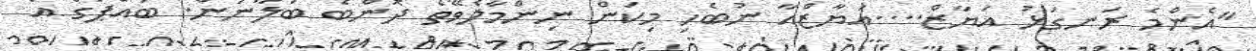
"އެންމެ ރަނގަޅު އަޔާޒް....އަޔާޒްއާ ނުބެހި މިކަން ނިންމާލެވޭތޯ ދޮންބެ ބަލާނަން. ބައްޕަގެ އެ